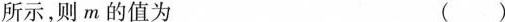
所示，则m的值为 ()